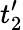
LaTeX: t_{2}^{\prime}